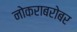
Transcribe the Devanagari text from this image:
नोकराबरोबर